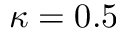
\kappa = 0 . 5